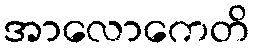
အာလောကေတိ